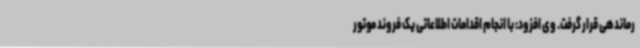
رماندهی قرار گرفت. وی افزود: با انجام اقدامات اطلاعاتی یک فروند موتور